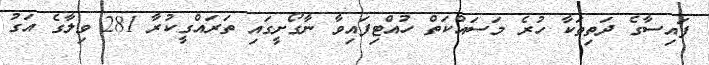
ފައިސާގެ ދަތިތަކާ ހުރެ މަސައްކަތް ހުއްޓިފައިވާ ނާގޯށީގައި ތަރައްގީކުރާ 281 ވިލާގެ އަގު